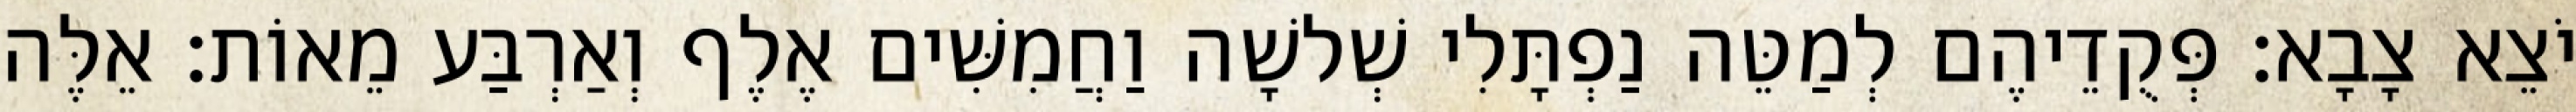
יֹצֵא צָבָא׃ פְּקֻדֵיהֶם לְמַטֵּה נַפְתָּלִי שְׁלשָׁה וַחֲמִשִּׁים אֶלֶף וְאַרְבַּע מֵאוֹת׃ אֵלֶּה